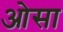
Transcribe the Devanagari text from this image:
ओसा